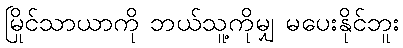
မြိုင်သာယာကို ဘယ်သူ့ကိုမျှ မပေးနိုင်ဘူး